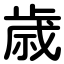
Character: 歳